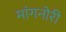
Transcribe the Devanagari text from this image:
मांगनोरी